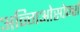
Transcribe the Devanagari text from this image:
अन्गिओस्पेर्म्स